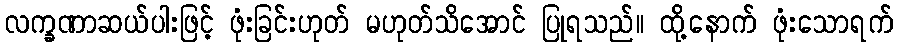
လက္ခဏာဆယ်ပါးဖြင့် ဖုံးခြင်းဟုတ် မဟုတ်သိအောင် ပြုရသည်။ ထို့နောက် ဖုံးသောရက်